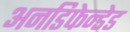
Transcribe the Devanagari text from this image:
अनडिफेन्डेड